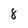
Character: 8